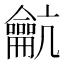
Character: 䶳